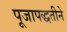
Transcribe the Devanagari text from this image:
पूजापद्धतीने